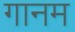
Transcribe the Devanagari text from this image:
गानम